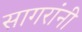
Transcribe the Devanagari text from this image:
सागरांनी